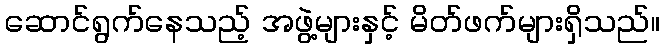
ဆောင်ရွက်နေသည့် အဖွဲ့များနှင့် မိတ်ဖက်များရှိသည်။